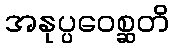
အနုပ္ပဝေစ္ဆတိ